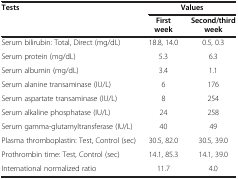
<table><thead><tr><td><b>Tests</b></td><td colspan="2"><b>Values</b></td></tr><tr><td><b> </b></td><td><b>First week</b></td><td><b>Second/third week</b></td></tr></thead><tbody><tr><td>Serum bilirubin: Total, Direct (mg/dL)</td><td>18.8, 14.0</td><td>0.5, 0.3</td></tr><tr><td>Serum protein (mg/dL)</td><td>5.3</td><td>6.3</td></tr><tr><td>Serum albumin (mg/dL)</td><td>3.4</td><td>1.1</td></tr><tr><td>Serum alanine transaminase (IU/L)</td><td>6</td><td>176</td></tr><tr><td>Serum aspartate transaminase (IU/L)</td><td>8</td><td>254</td></tr><tr><td>Serum alkaline phosphatase (IU/L)</td><td>24</td><td>258</td></tr><tr><td>Serum gamma-glutamyltransferase (IU/L)</td><td>40</td><td>49</td></tr><tr><td>Plasma thromboplastin: Test, Control (sec)</td><td>30.5, 82.0</td><td>30.5, 39.0</td></tr><tr><td>Prothrombin time: Test, Control (sec)</td><td>14.1, 85.3</td><td>14.1, 39.0</td></tr><tr><td>International normalized ratio</td><td>11.7</td><td>4.0</td></tr></tbody></table>